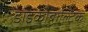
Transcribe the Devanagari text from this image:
डाइकोबाल्टिक